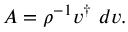
A = \rho ^ { - 1 } v ^ { \dagger } \ d v .